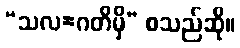
“သလ=ဂတိမှိ” စသည်ဆို။